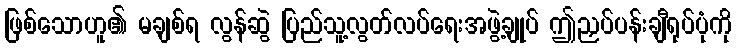
ဖြစ်သောဟူ၏ မချစ်ရ လွန်ဆွဲ ပြည်သူ့လွတ်လပ်ရေးအဖွဲ့ချုပ် ဤညှပ်ပန်းချီရုပ်ပုံကို